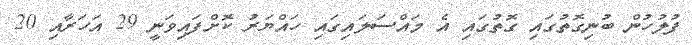
ފުލުހުން ބުނިގޮތުގައި ގޮތުގައި އެ މައްސަލައިގައި ހައްޔަރު ކޮށްފައިވަނީ 29 އަހަރާއި 20